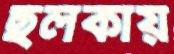
ছলকায়